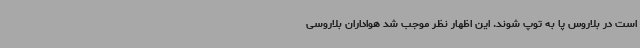
است در بلاروس پا به توپ شوند. این اظهار نظر موجب شد هواداران بلاروسی